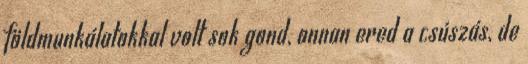
földmunkálatokkal volt sok gond, onnan ered a csúszás, de